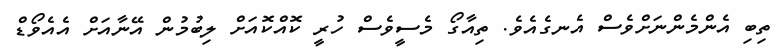
ތިބި އެންމެންނަށްވެސް އެނގެއެވެ. ތިއާގޯ މެސީވެސް ހުރީ ކޮއްކޮއަށް ލިބުމުން އޭނާއަށް އެއެވޯޑް